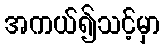
အကယ်၍သင့်မှာ